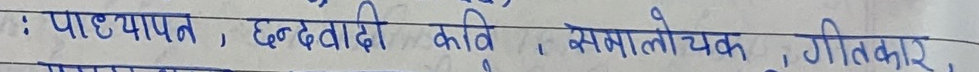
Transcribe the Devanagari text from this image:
: पाश्चात्य, छंदवादी कवि, समालोचक, गीतकार,